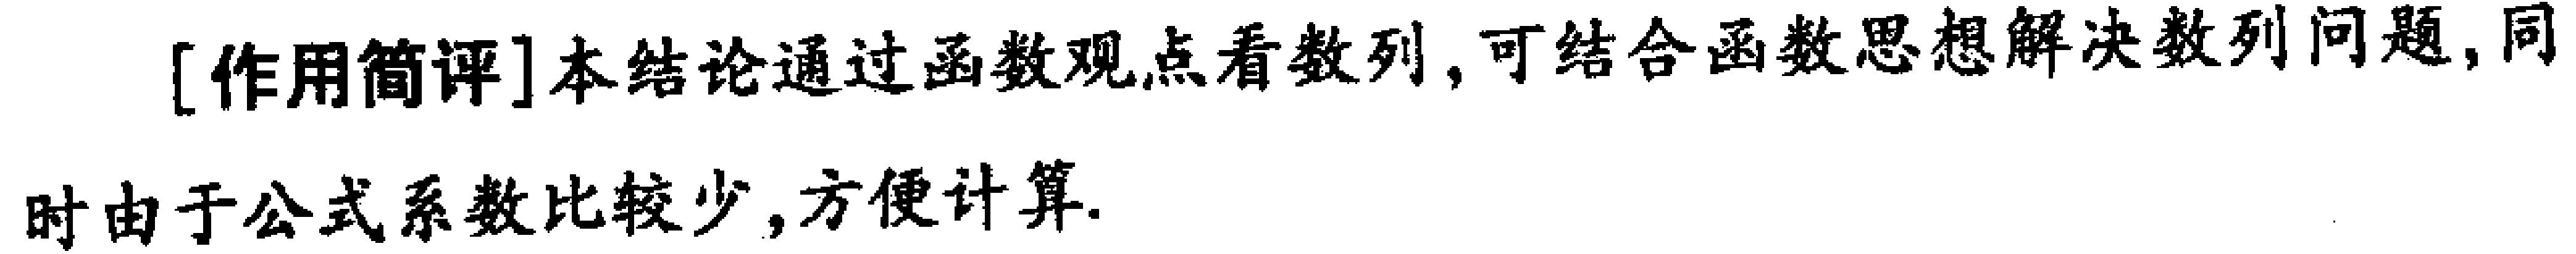
[作用简评]本结论通过函数观点看数列,可结合函数思想解决数列问题,同时由于公式系数比较少,方便计算.